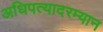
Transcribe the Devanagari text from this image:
अधिपत्यादरम्यान